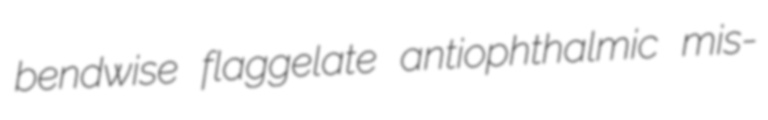
bendwise flaggelate antiophthalmic mis-